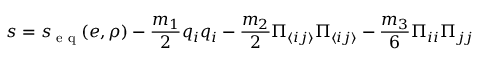
s = s _ { \textrm { e q } } ( e , \rho ) - \frac { m _ { 1 } } { 2 } q _ { i } q _ { i } - \frac { m _ { 2 } } { 2 } \Pi _ { \langle i j \rangle } \Pi _ { \langle i j \rangle } - \frac { m _ { 3 } } { 6 } \Pi _ { i i } \Pi _ { j j }